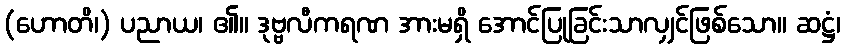
(ဟောတိ၊) ပညာယ၊ ၏။ ဒုဗ္ဗလီကရဏ အားမရှိ အောင်ပြုခြင်းသာလျှင်ဖြစ်သော။ ဆဋ္ဌံ၊